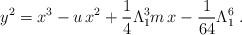
LaTeX: \begin{align*}y^2=x^3-u\,x^2+ \frac{1}{4}\Lambda_{1}^3 m\,x-\frac{1}{64}\Lambda_{1}^{6}\;.\end{align*}